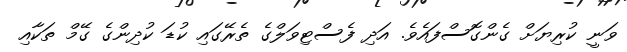
ވަނީ ކުރިޔަށް ގެންގޮސްފައެވެ. އަދި ފެސްޓިވަލްގެ ތެރޭގައި ކުޑަ ކުދިންގެ ގޭމް ތަކާއި